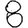
Digit: 8